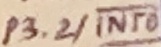
Text: P3.2/INT0